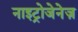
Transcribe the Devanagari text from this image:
नाइट्रोजेनेज़